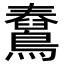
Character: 𪆊